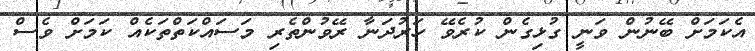
އެކަމަށް ބޭނުން ވަނީ ގުޅިގެން ކުރެވޭ ހަރުދަނާ ރޭވުންތެރި މަސައްކަތްތަކެއް ކަމަށް ވެސް